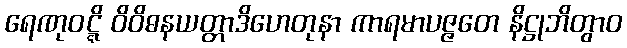
ရေဏုဝဋ္ဋိ ဝိဝိဓနယတ္တာဒိဟေတုနာ ကာရမာပဇ္ဇတေ နိဋ္ဌုဘိတွာဝ